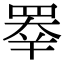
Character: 𥇡